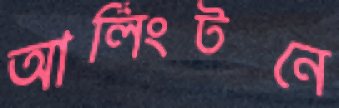
আর্লিংটনে